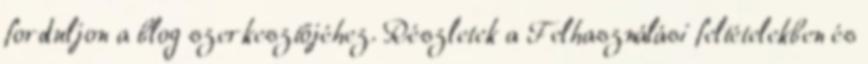
forduljon a blog szerkesztőjéhez. Részletek a Felhasználási feltételekben és